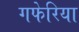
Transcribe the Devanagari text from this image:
गफेरिया